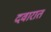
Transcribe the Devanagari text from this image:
दवारात